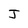
Character: J